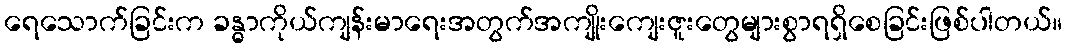
ရေသောက်ခြင်းက ခန္ဓာကိုယ်ကျန်းမာရေးအတွက်အကျိုးကျေးဇူးတွေများစွာရရှိစေခြင်းဖြစ်ပါတယ်။